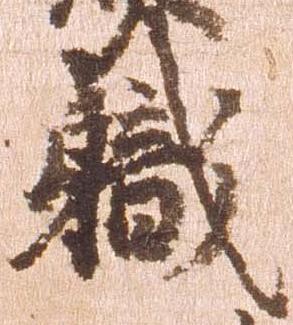
職